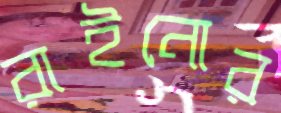
রাইনোর